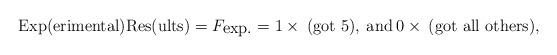
LaTeX: \begin{align*}\mbox{Exp(erimental)Res(ults)} = F_{\mbox{exp.}} = 1 \times \: \mbox{(got 5)},\: \mbox{and} \: 0 \times \: \mbox{(got all others)}, \end{align*}